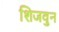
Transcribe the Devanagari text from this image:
शिजवुन